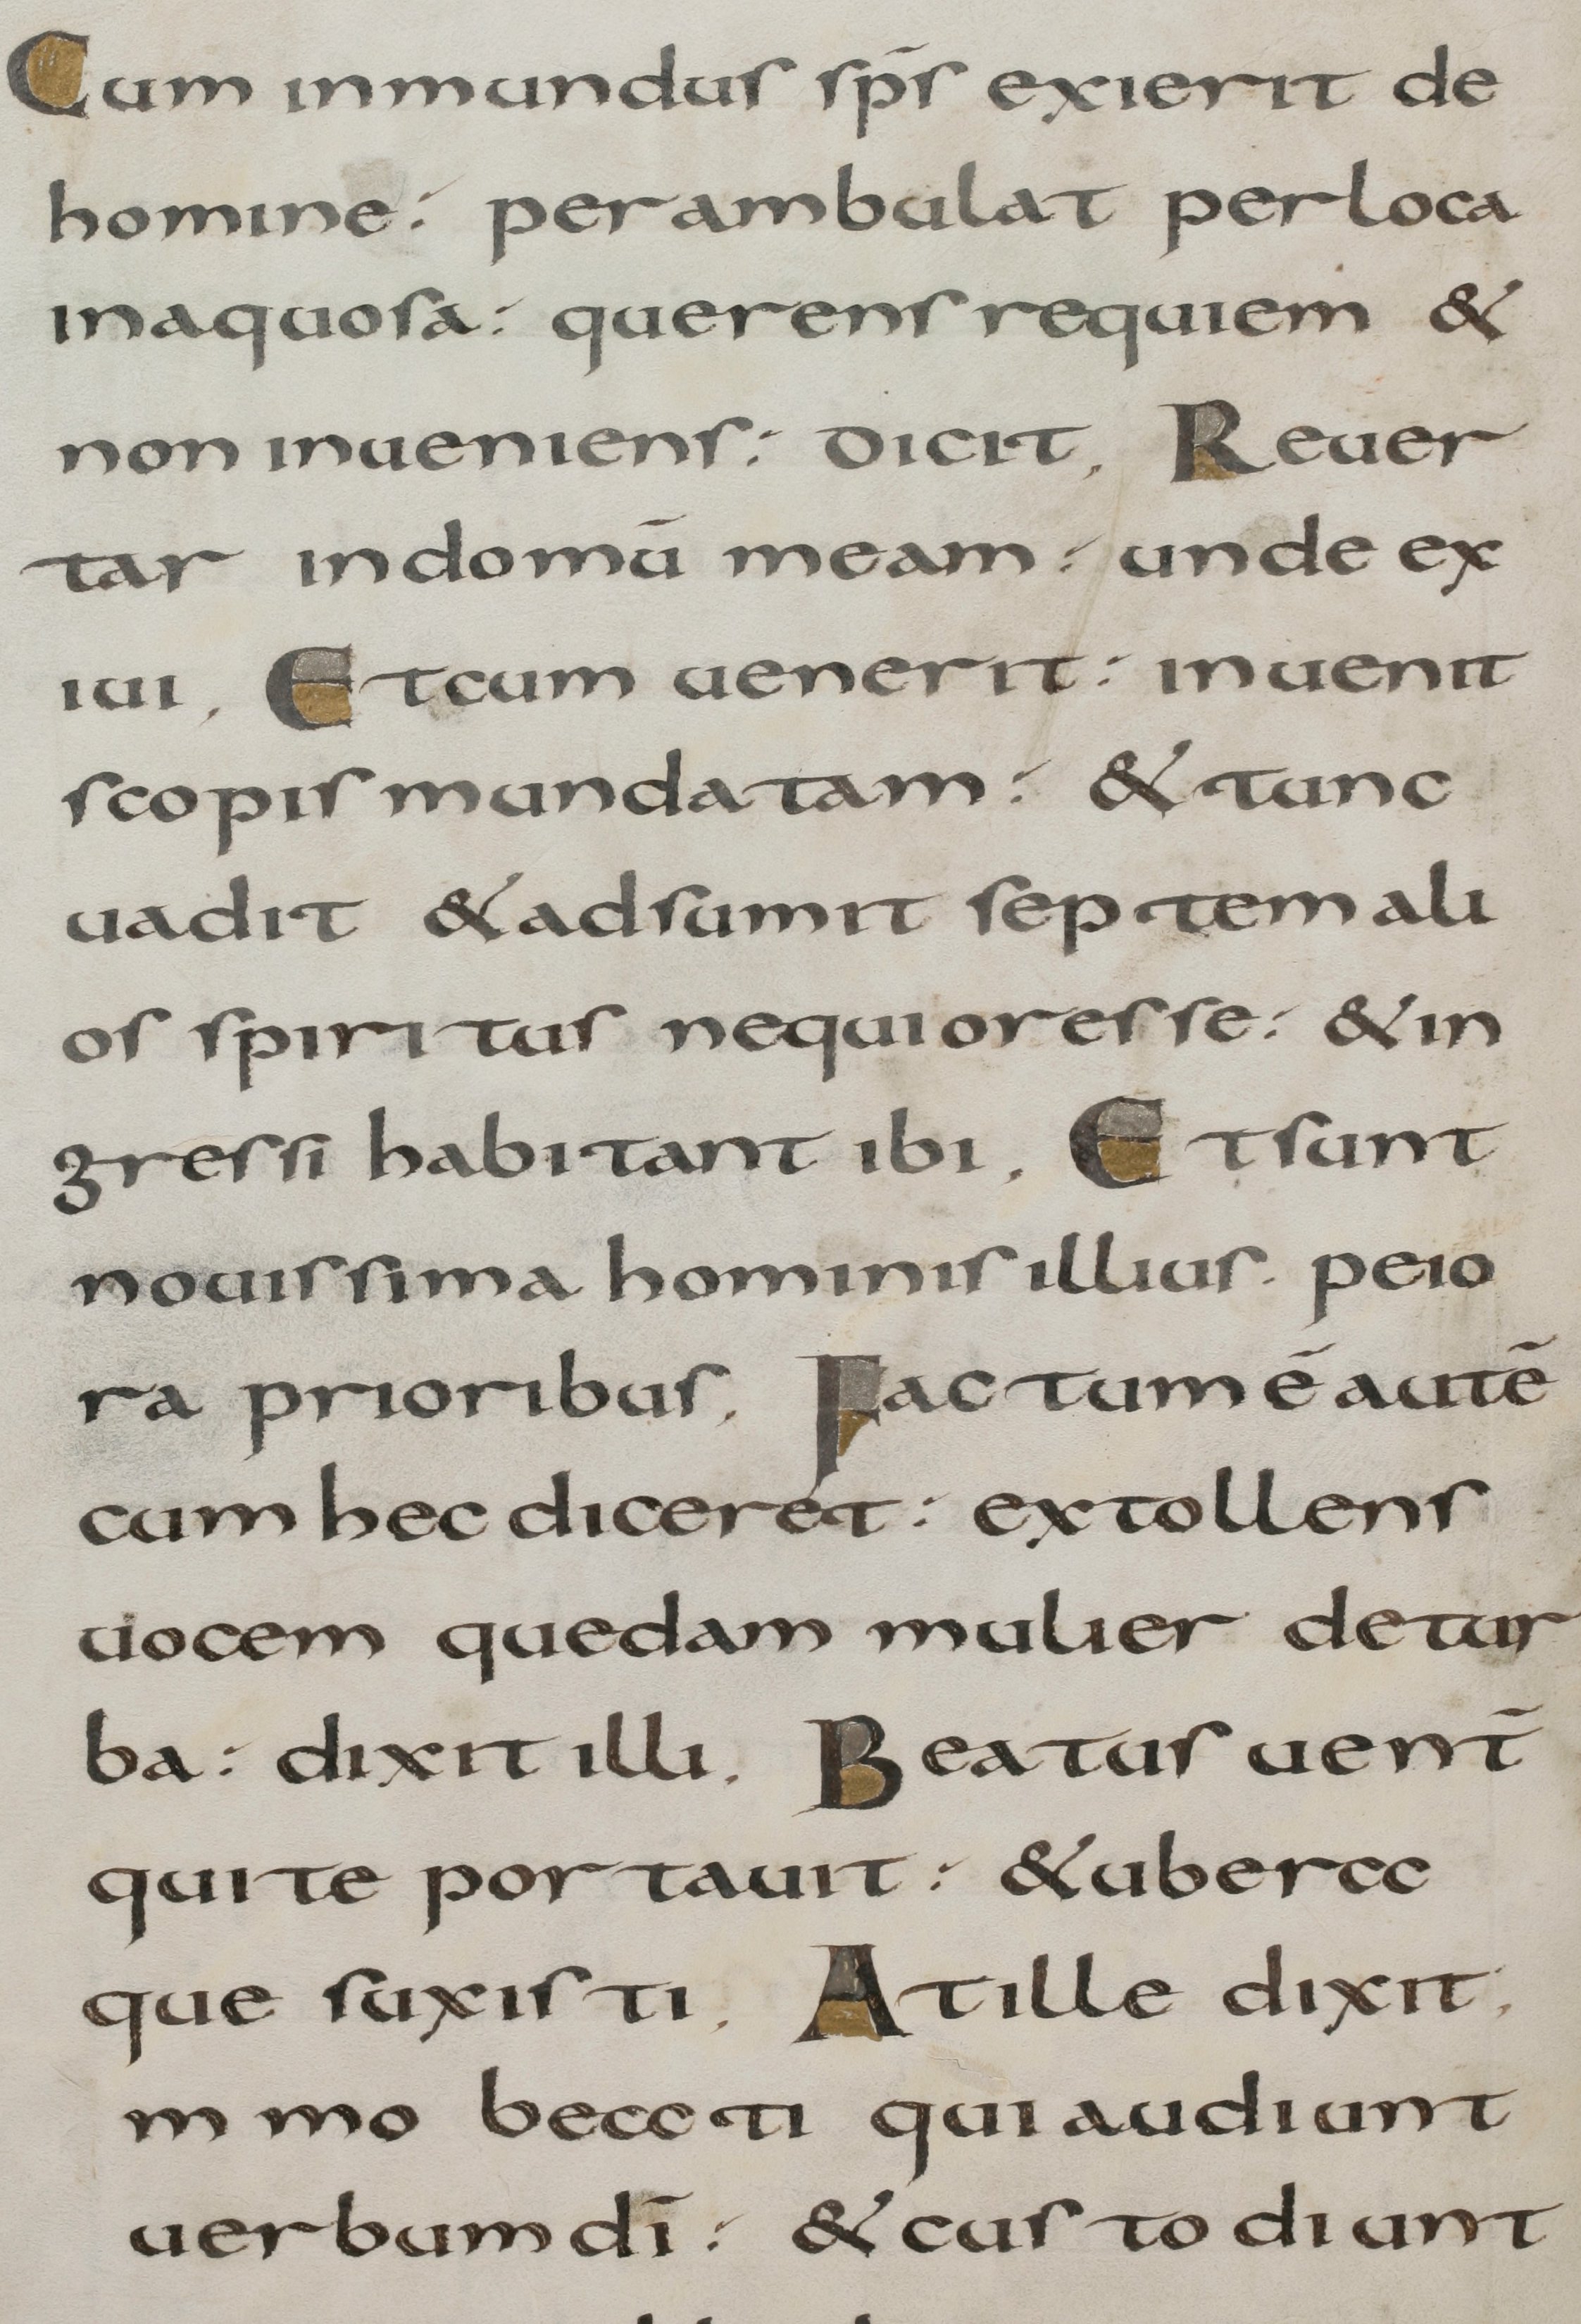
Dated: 800–899